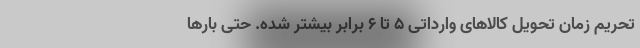
تحریم زمان تحویل کالاهای وارداتی ۵ تا ۶ برابر بیشتر شده. حتی بارها